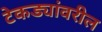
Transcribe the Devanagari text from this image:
टेकड्यांवरील